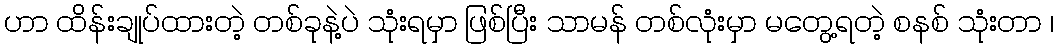
ဟာ ထိန်းချုပ်ထားတဲ့ တစ်ခုနဲ့ပဲ သုံးရမှာ ဖြစ်ပြီး သာမန် တစ်လုံးမှာ မတွေ့ရတဲ့ စနစ် သုံးတာ ၊